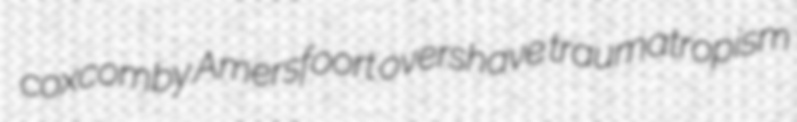
coxcomby Amersfoort overshave traumatropism